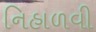
નિહાળવી